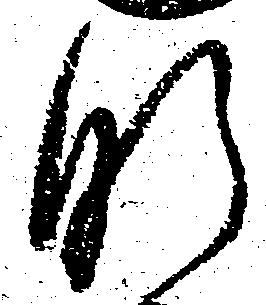
肝